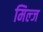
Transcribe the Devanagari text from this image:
मिल्ज